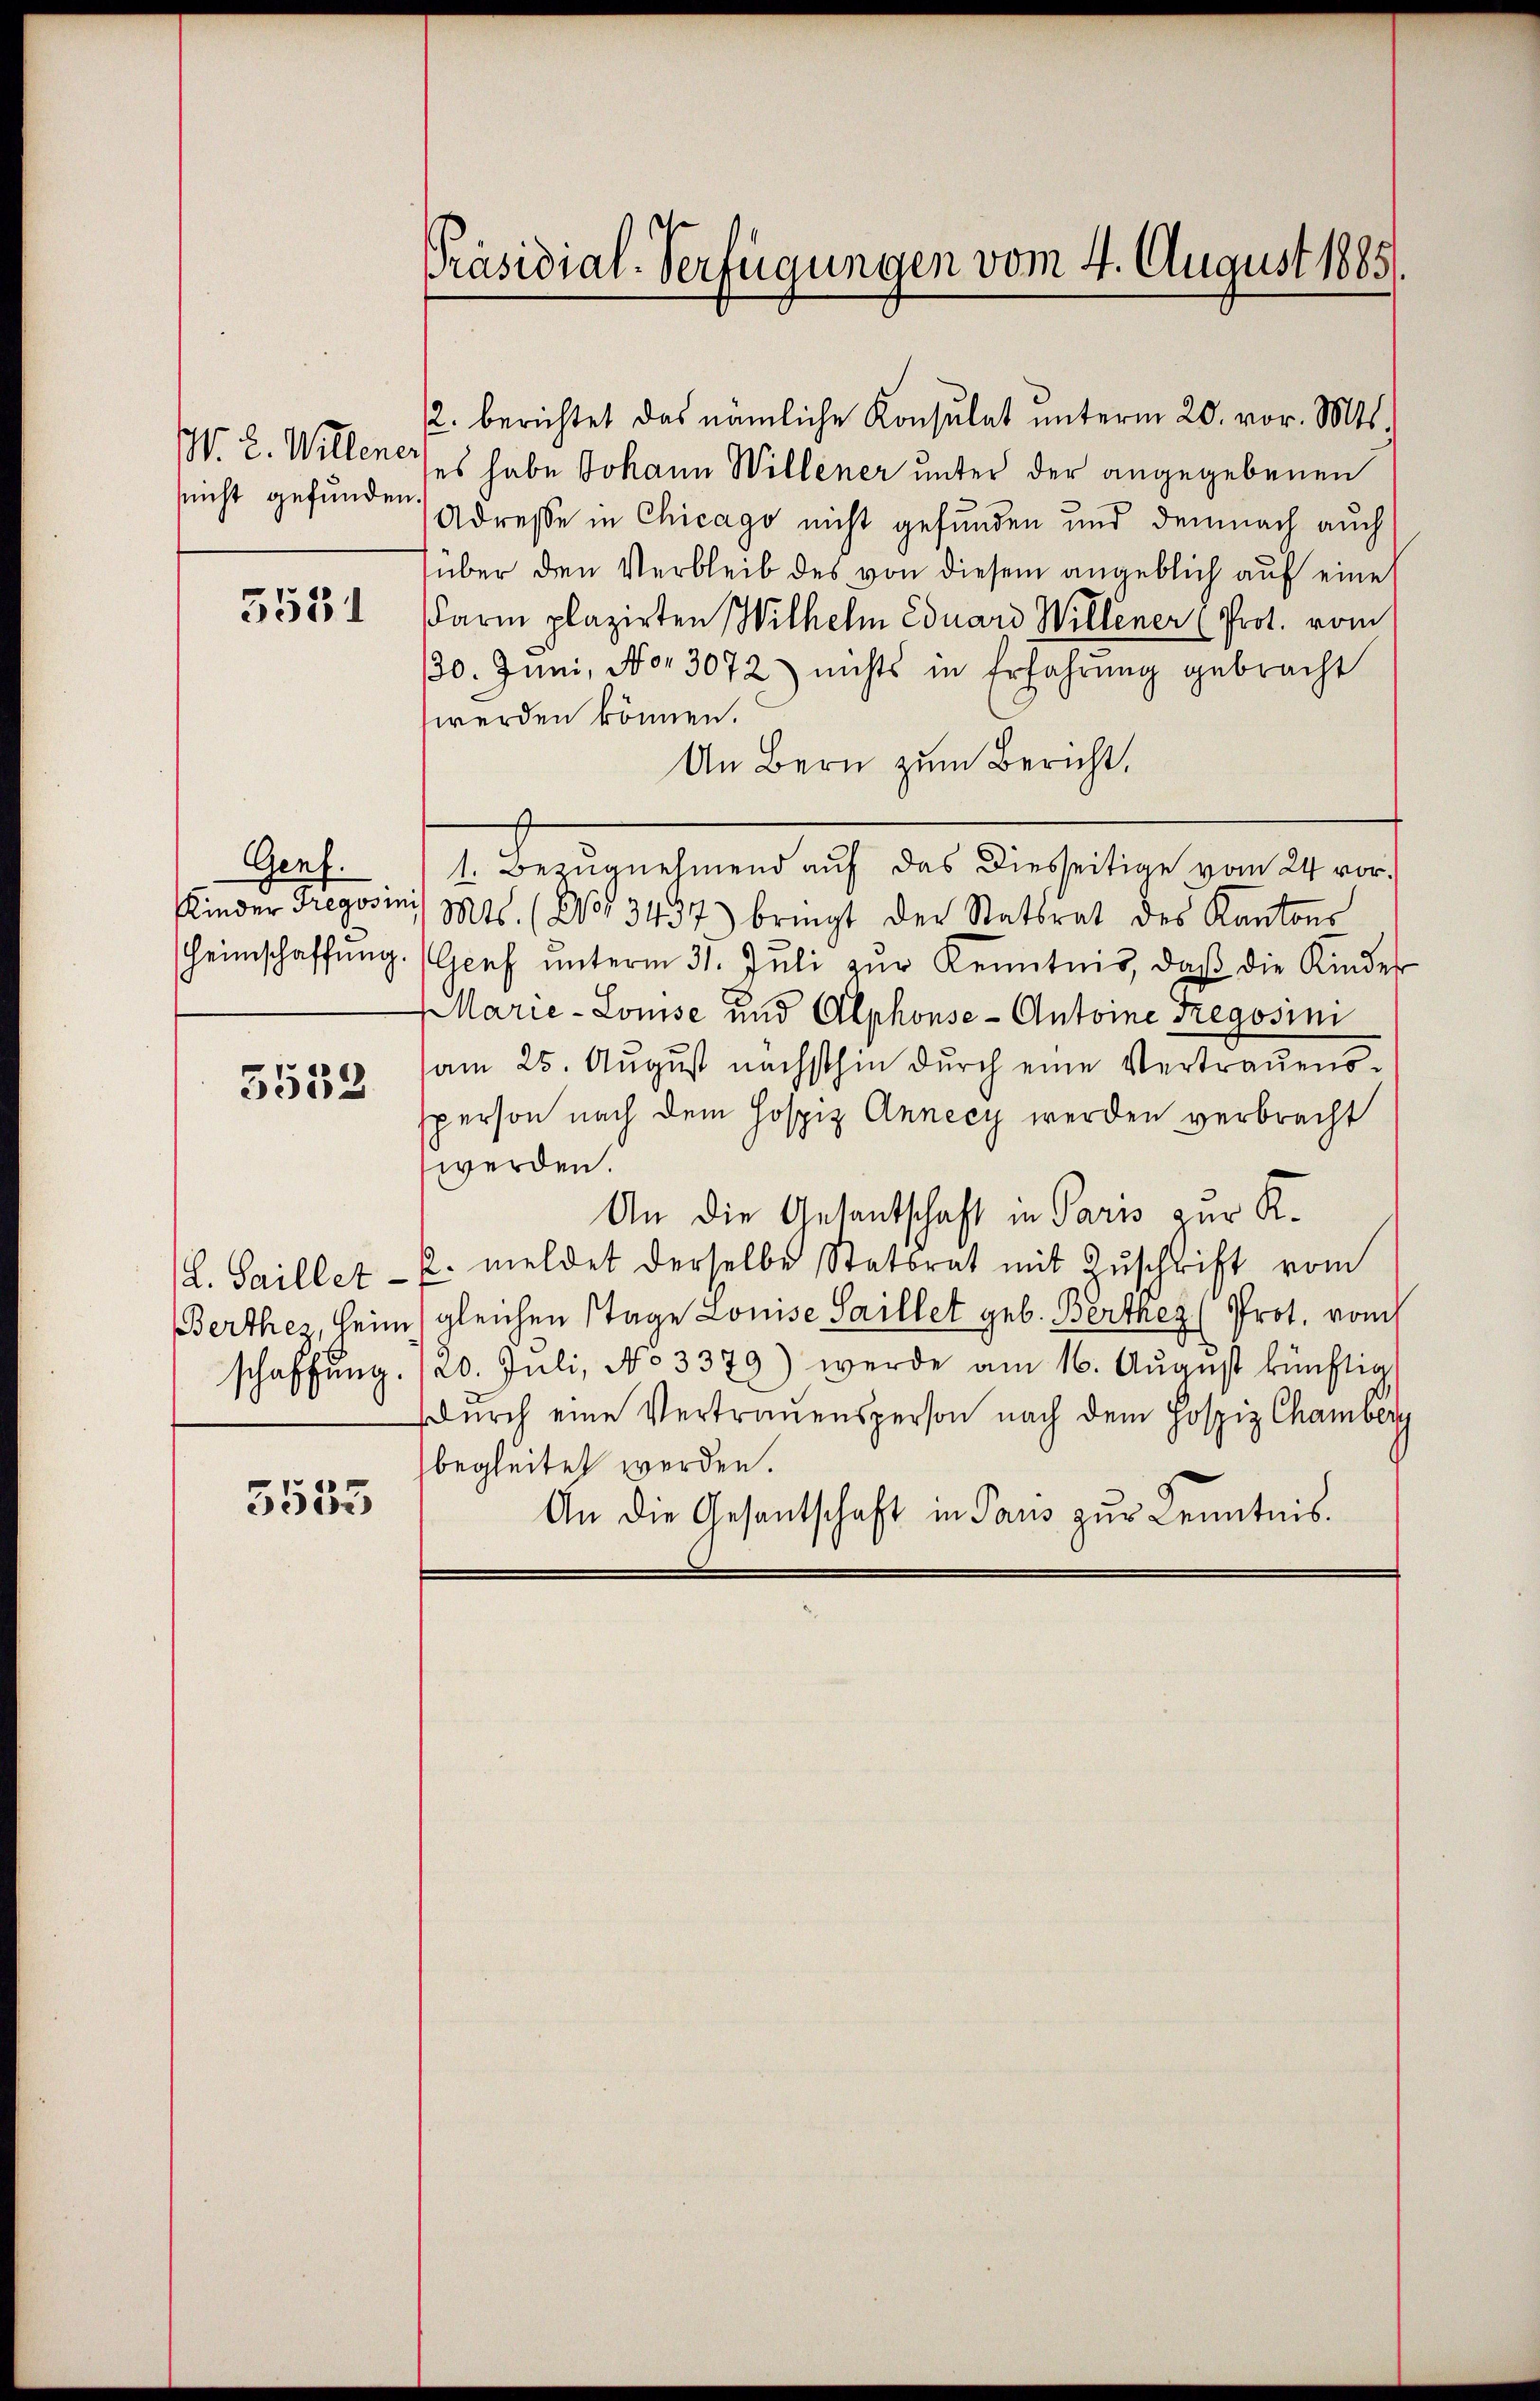
sicht gefunden.

3531

Genf.

3532

5533

Präsidial-Verfügungen vom 4. August 1885.

2. berichtet das nämliche Konsulat ŭnterm 20. vor. Mts.
G. B. Willener es habe Johann Willener unter der angegebenen
Adresse in Chicago nicht gefunden und demnach auch
über den Verbleib des von diesem angeblich auf eine
darin plazirten Wilhelm Eduard Willener (Prot. vom
/30. Juni, No. 3072) nichts in Erfahrung gebracht
werden können.
An Bern zum Bericht,
1. Bezugnehmend auf das Diesseitige vom 24. vor.
Kinder Gregovini 1811. (No 3457) bringt der Statsrat des Kantons
Heimschaffŭng. (Acef ŭnterm 31. Jŭli zŭr Kenntnis, daβ die Kinder
Marie-Louise und Alphonse- Antoine Fregosini
am 25. August nächsthin durch eine Vertrauenssperson nach dem Hospiz Annecy werden verbrecht
werden.
An die Gesantschaft in Paris zur K.
L. Saillet - u. meldet derselbe Statsrat mit Zŭschrift vom
BBerthez, Heim (gleichen Tage Louise Saillet geb. Berthey (Prot. vom
schaffŭng. (20. Juli, No 3379) werde am 16. Aŭgust künftig
Durch eine Vertrauensperson nach dem Hospiz Chamberg
begleitet werden.
An die Gesandtschaft in Paus zur Kenntnis.